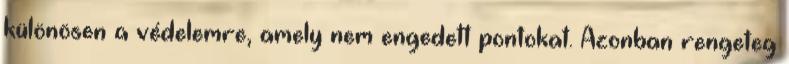
különösen a védelemre, amely nem engedett pontokat. Azonban rengeteg